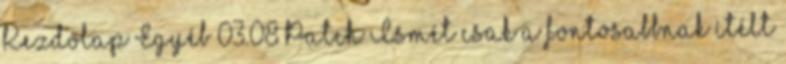
Kezdőlap Egyéb 03.08 Patch Ismét csak a fontosabbnak ítélt